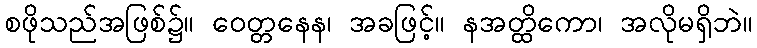
စဖိုသည်အဖြစ်၌။ ဝေတ္တနေန၊ အခဖြင့်။ နအတ္ထိကော၊ အလိုမရှိဘဲ။